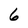
Character: 6